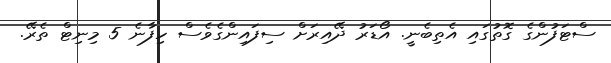
ސްޓަފުންގެ ގޮތުގައި އެތިބެނީ. އޯޑަރު ދޭއިރަށް ސިފައިންގެވެސް ހިފާނެ 5 މިނިޓް ތެރޭ.